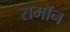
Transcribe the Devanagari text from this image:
रामॉन